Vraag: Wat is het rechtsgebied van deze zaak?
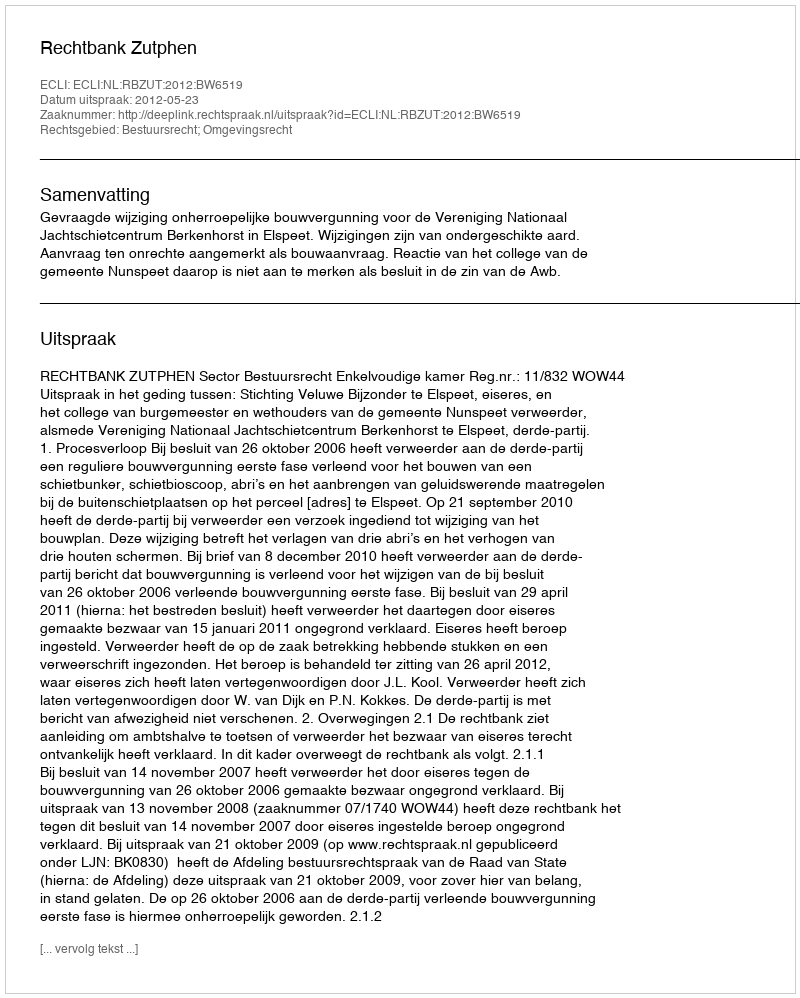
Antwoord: Bestuursrecht; Omgevingsrecht